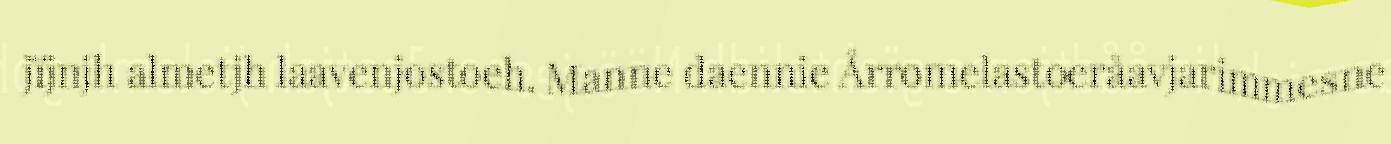
jïjnjh almetjh laavenjostoeh. Manne daennie Årromelastoeråavjarimmesne